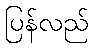
ပြန်လည်